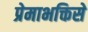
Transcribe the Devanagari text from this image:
प्रेमाभक्तिसे